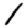
Digit: 1